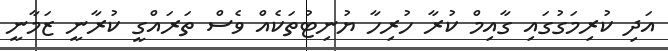
އަދި ކުރިމަގުގައި ގާއިމް ކުރާ ހުރިހާ ޔުނިޓުތަކެއް ވެސް ތަރައްގީ ކުރާނީ ޒަމާނީ